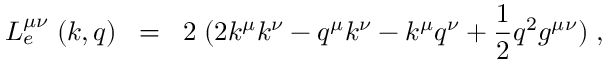
L _ { e } ^ { \mu \nu } \; ( k , q ) \; \; = \; \; 2 \; ( 2 k ^ { \mu } k ^ { \nu } - q ^ { \mu } k ^ { \nu } - k ^ { \mu } q ^ { \nu } + \frac { 1 } { 2 } q ^ { 2 } g ^ { \mu \nu } ) \; ,